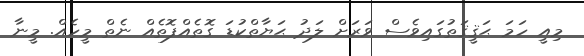
މިއީ ހަމަ ޙަޤީޤަތުގައިވެސް ވަރަށް ލަދު ޙަޔާތްކުޑަ ގޮތެއްފޮތެއް ނެތް މީހެއް. މީނާ